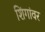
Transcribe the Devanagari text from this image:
शिंगांवर